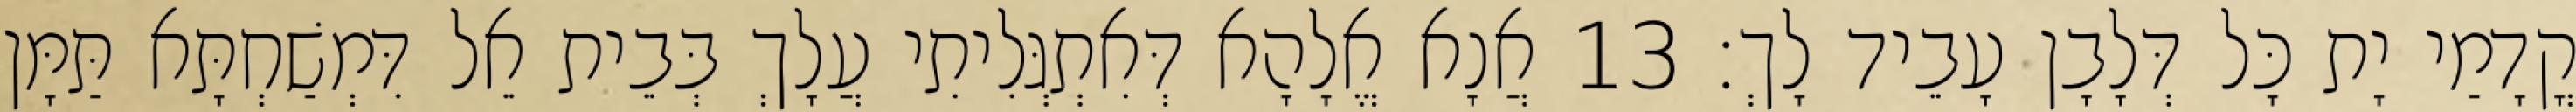
קֳדָמַי יָת כָּל דְּלָבָן עָבֵיד לָךְ׃ 13 אֲנָא אֱלָהָא דְּאִתְגְּלִיתִי עֲלָךְ בְּבֵית אֵל דִּמְשַׁחְתָּא תַּמָּן